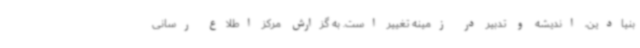
بنیادین، اندیشه و تدبیر در زمینه تغییر است. به گزارش مرکز اطلاع رسانی